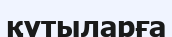
қүтыларға